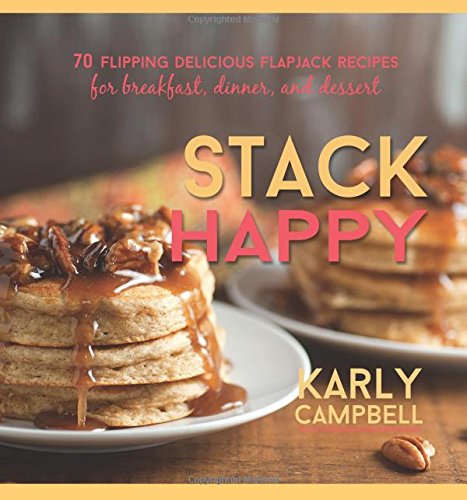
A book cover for Stack Happy: 70 Flipping Delicious Flapjack Recipes for Breakfast, Dinner, and Dessert; Karly Campbell; Cookbooks, Food & Wine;